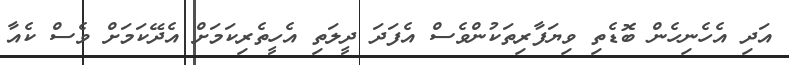
އަދި އެހެނިހެން ބޮޑެތި ވިޔަފާރިތަކުންވެސް އެފަދަ ދީލަތި އެހީތެރިކަމަށް އެދޭކަމަށް ވެސް ކެއާ